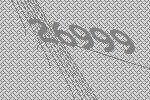
26999